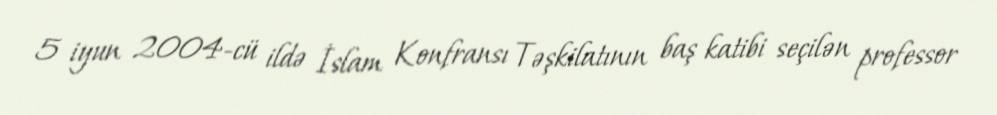
5 iyun 2004-cü ildə İslam Konfransı Təşkilatının baş katibi seçilən professor